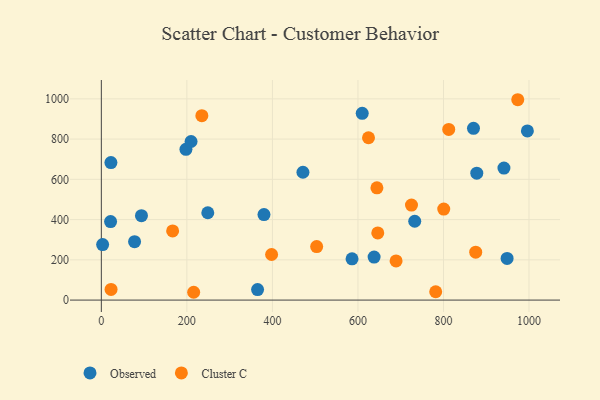
{"axis": {"x": "Investment", "y": "Sales"}, "legend": ["Cluster C", "Observed"], "data": [{"x": "21.6", "y": 390.4, "type": "Observed"}, {"x": "197.8", "y": 749.4, "type": "Observed"}, {"x": "77.7", "y": 290.4, "type": "Observed"}, {"x": "22.4", "y": 683.6, "type": "Observed"}, {"x": "209.8", "y": 788.0, "type": "Observed"}, {"x": "870.2", "y": 853.5, "type": "Observed"}, {"x": "637.8", "y": 213.9, "type": "Observed"}, {"x": "732.8", "y": 391.8, "type": "Observed"}, {"x": "996.2", "y": 840.8, "type": "Observed"}, {"x": "471.4", "y": 635.2, "type": "Observed"}, {"x": "586.2", "y": 205.2, "type": "Observed"}, {"x": "3.0", "y": 275.8, "type": "Observed"}, {"x": "365.3", "y": 52.1, "type": "Observed"}, {"x": "610.0", "y": 928.0, "type": "Observed"}, {"x": "941.4", "y": 656.1, "type": "Observed"}, {"x": "93.8", "y": 419.4, "type": "Observed"}, {"x": "248.9", "y": 434.0, "type": "Observed"}, {"x": "948.8", "y": 207.2, "type": "Observed"}, {"x": "877.9", "y": 630.9, "type": "Observed"}, {"x": "380.3", "y": 424.7, "type": "Observed"}, {"x": "398.1", "y": 226.5, "type": "Cluster C"}, {"x": "22.7", "y": 53.1, "type": "Cluster C"}, {"x": "215.9", "y": 38.8, "type": "Cluster C"}, {"x": "503.5", "y": 265.8, "type": "Cluster C"}, {"x": "725.2", "y": 472.1, "type": "Cluster C"}, {"x": "646.4", "y": 333.5, "type": "Cluster C"}, {"x": "812.3", "y": 848.1, "type": "Cluster C"}, {"x": "800.6", "y": 452.3, "type": "Cluster C"}, {"x": "166.7", "y": 343.6, "type": "Cluster C"}, {"x": "644.4", "y": 557.9, "type": "Cluster C"}, {"x": "689.2", "y": 194.4, "type": "Cluster C"}, {"x": "781.8", "y": 41.5, "type": "Cluster C"}, {"x": "973.7", "y": 995.7, "type": "Cluster C"}, {"x": "875.4", "y": 238.2, "type": "Cluster C"}, {"x": "624.7", "y": 806.7, "type": "Cluster C"}, {"x": "235.0", "y": 916.4, "type": "Cluster C"}]}